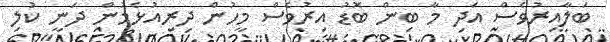
ބަލާއިރުވެސް އަދި މާ ބިން ބޮޑު އިރުވެސް މީހުން ދިރިއުޅެމުން ދަނީ ކުލި